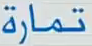
تمارَة